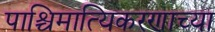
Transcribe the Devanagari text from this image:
पाश्चिमात्यिकरणाच्या